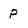
Character: P